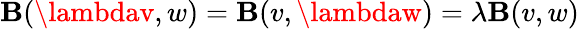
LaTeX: \mathbf{B}(\lambdav,w)=\mathbf{B}(v,\lambdaw)=\lambda\mathbf{B}(v,w)